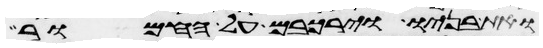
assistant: ואת בניו וירכבם על החמור